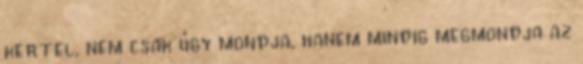
kertel, nem csak úgy mondja, hanem mindig megmondja az